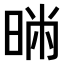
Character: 𣇢